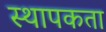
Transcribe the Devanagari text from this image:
स्थापकता